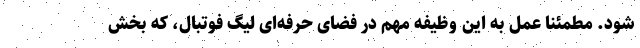
شود. مطمئنا عمل به این وظیفه مهم در فضای حرفه‌ای لیگ فوتبال، که بخش